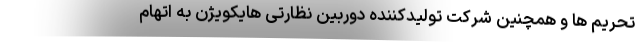
تحریم ها و همچنین شرکت تولیدکننده دوربین نظارتی هایکویژن به اتهام